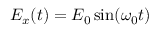
E _ { x } ( t ) = E _ { 0 } \sin ( \omega _ { 0 } t )